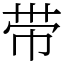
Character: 带